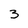
Character: 3